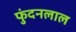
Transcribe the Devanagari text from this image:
फुंदनलाल